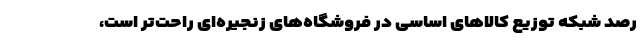
رصد شبکه توزیع کالاهای اساسی در فروشگاه‌های زنجیره‌ای راحت‌تر است،